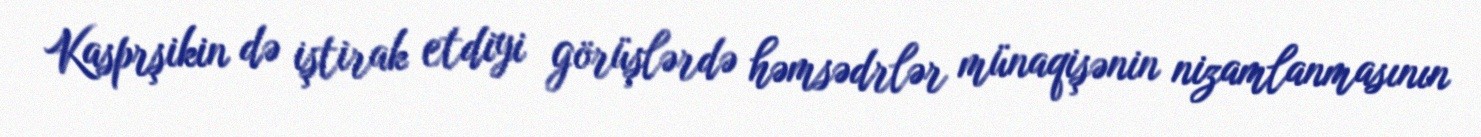
Kasprşikin də iştirak etdiyi görüşlərdə həmsədrlər münaqişənin nizamlanmasının